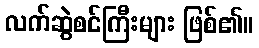
လက်ဆွဲစင်ကြီးများ ဖြစ်၏။